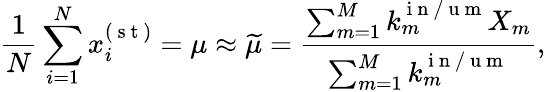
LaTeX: \frac{1}{N}\sum_{i=1}^{N}x_{i}^{(\mathrm{~s~t~})}=\mu\approx\widetilde{\mu}=\frac{\sum_{m=1}^{M}k_{m}^{\mathrm{~i~n~/~u~m~}}X_{m}}{\sum_{m=1}^{M}k_{m}^{\mathrm{~i~n~/~u~m~}}},